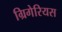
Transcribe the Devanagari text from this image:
ग्रिगेरियस